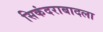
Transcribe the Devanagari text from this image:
सिकंदराबादला